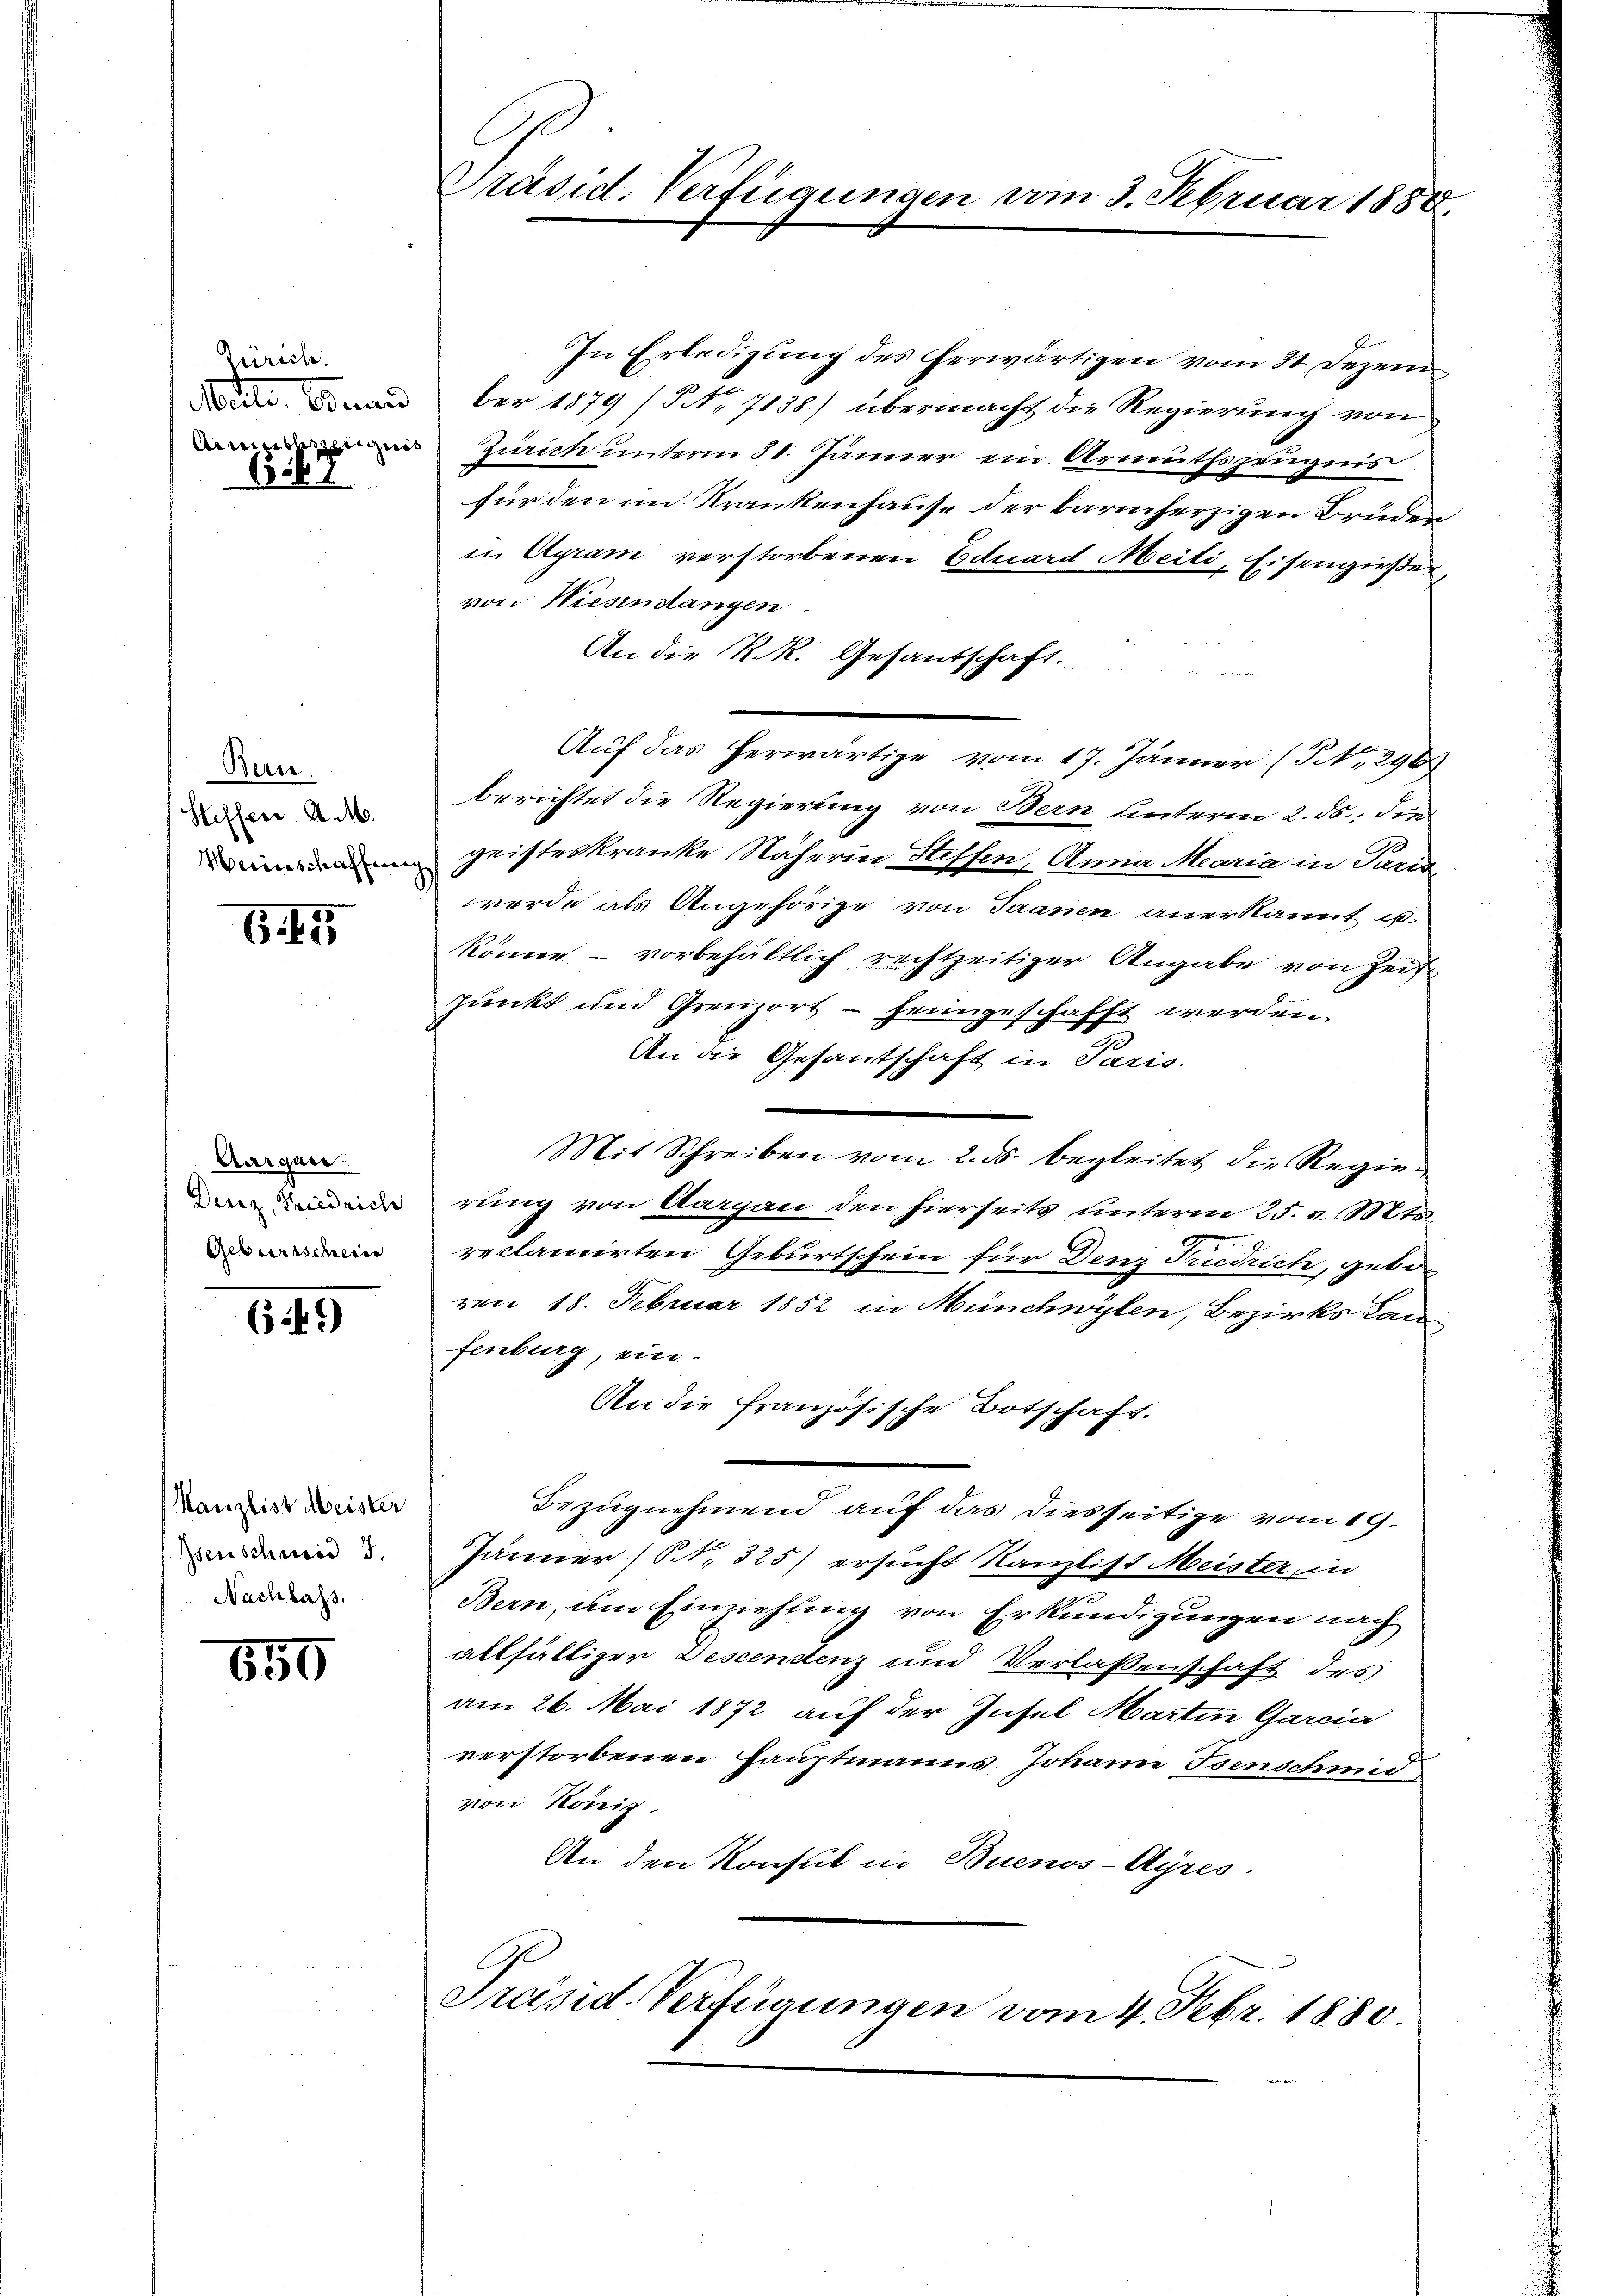
Zürich.
2

Bern
Steffen A. M.
Herinschaffung

6. 45

Aargau.
Geburtschein

6.49)

Kanzlist Meister
Isenschmid J.
Nachlass.

650

Präsid. Verfügungen vom 3. Februar 1888.

In Erledigung des herwärtigen vom 31. Dezem¬
  aber 1879 / NNo. 7138) übermacht die Regierung von
Zürich unterm 31. Jänner ein Armutszeugnis
fürden im Krankenhause der barmherzigen Bruden
in Agram verstorbenen Eduard Meili, Eisengießer,
von Niesendangen
An die K. R. Gesandschaft
Auf das herwärtige vom 17. Jänner (S. 290)
berichtet die Regierung von Bern unterm 2. ds., die
gristeskranke Näherin Steffen, Anna Maria in Paris
werde als Angehörige von Jaanen anerkannt u.
könne – vorbehältlich rechtzeitiger Angabe von Zeit
punkt und Grenzort – heimgeschafft werden.
An die Gesantschaft in Paris.
Mit Schreiben von aus begleitet die Stegen
erung von Aargau den hierseits unterm 25. v. Mts.
reclamirten Geburtschein für Denz Friedrich, geboren 18. Februar 1852 in Münchwylen, Bezirks Kanfenburg, ein-
An die französische Botschaft.
Bezugnehmend auf das diesseitige vom 19.
Jänner (S. 325) ersucht Kanzlist Meister, in
Bern, um Einziehung von Erkundigungen nach
allfälliger Descendenz und Verlassenschaft des
am 26. Mai 1872 auf der Insel Martin Garcia
verstorbenen Hauptmanns Johann Isenschmid
von König.
An den Konsul in Buenos-Ayres.

Präsid. Verfügungen vom 4. Febr. 1880.